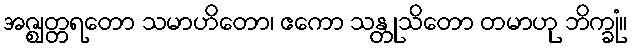
အဇ္ဈတ္တရတော သမာဟိတော၊ ဧကော သန္တုသိတော တမာဟု ဘိက္ခုံ။